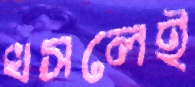
খসলেই